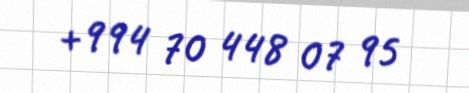
+994 70 448 07 95